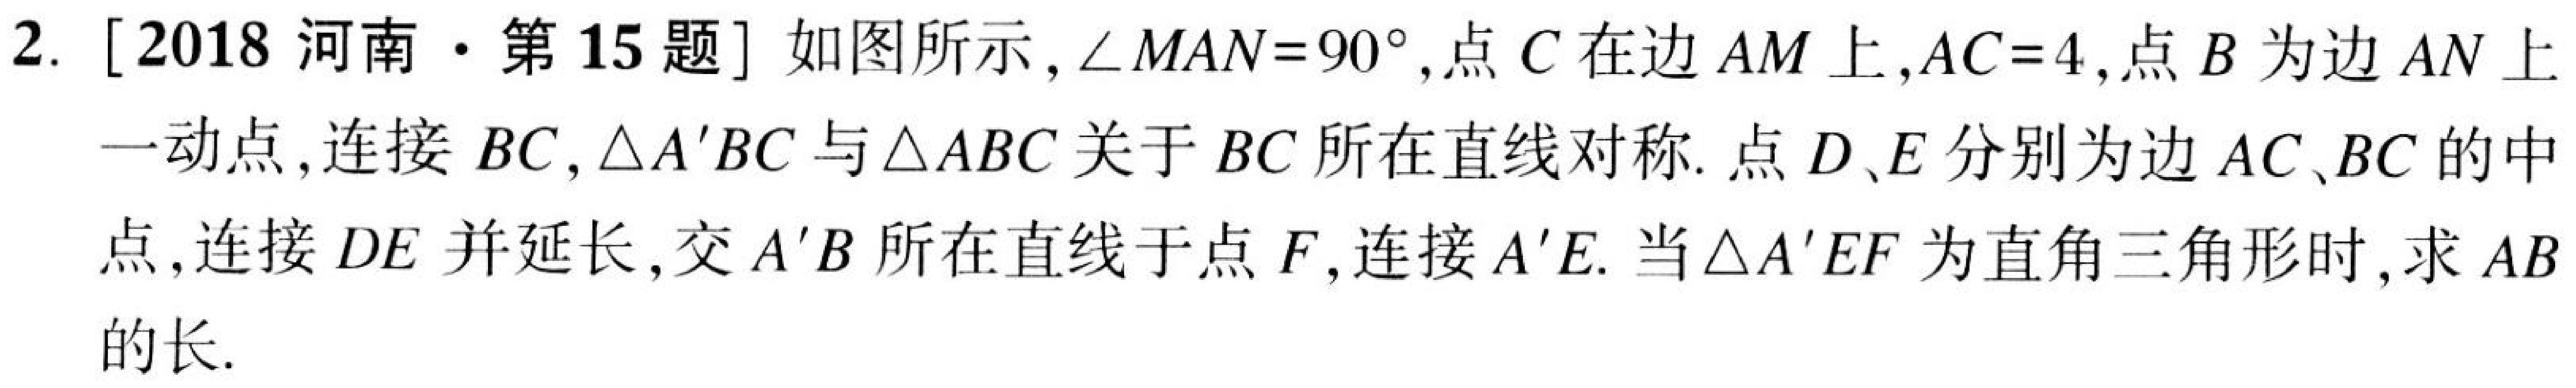
2. [2018河南·第15题]如图所示,\(\angle MAN = 90^{\circ}\),点\(C\)在边\(AM\)上,\(AC = 4\),点\(B\)为边\(AN\)上
一动点,连接\(BC\),\(\triangle A'BC\)与\(\triangle ABC\)关于\(BC\)所在直线对称.点\(D、E\)分别为边\(AC、BC\)的中
点,连接\(DE\)并延长,交\(A'B\)所在直线于点\(F\),连接\(A'E\).当\(\triangle A'EF\)为直角三角形时,求\(AB\)
的长.